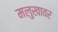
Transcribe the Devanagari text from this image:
मलुखावर